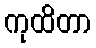
ကုထိတာ